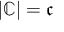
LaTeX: \left\vert \mathbb { C } \right\vert = { \mathfrak { c } }